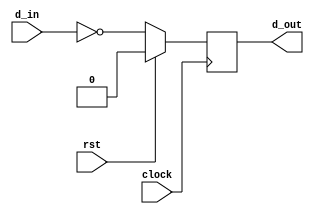
// This program was cloned from: https://github.com/haojunliu/OpenFPGA
// License: BSD 2-Clause "Simplified" License

module single_inv_reg
(
    d_in,
    d_out,
    clock,
    rst
);
    input clock;
    input rst;
    input d_in;

    reg d_d;

    output d_out;

    always @ (posedge clock)
        if(rst)
            d_d <= 1'b0;
        else
            d_d <= ~d_in;


    assign d_out = d_d;

endmodule